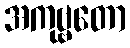
အကုဗ္ဗတော